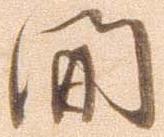
間